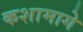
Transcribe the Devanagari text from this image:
कशामागे